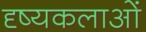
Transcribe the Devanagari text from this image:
दृष्यकलाओं